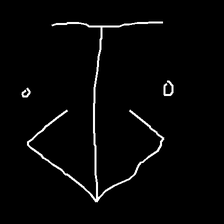
Glyph: earth